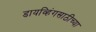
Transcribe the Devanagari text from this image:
डायव्हिंगसाठीच्या